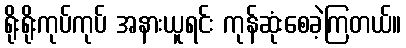
ရိုးရိုးကုပ်ကုပ် အနားယူရင်း ကုန်ဆုံးစေခဲ့ကြတယ်။